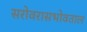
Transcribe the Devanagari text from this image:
सरोवरासभोवताल